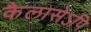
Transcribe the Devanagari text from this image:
कैलासेऽपि